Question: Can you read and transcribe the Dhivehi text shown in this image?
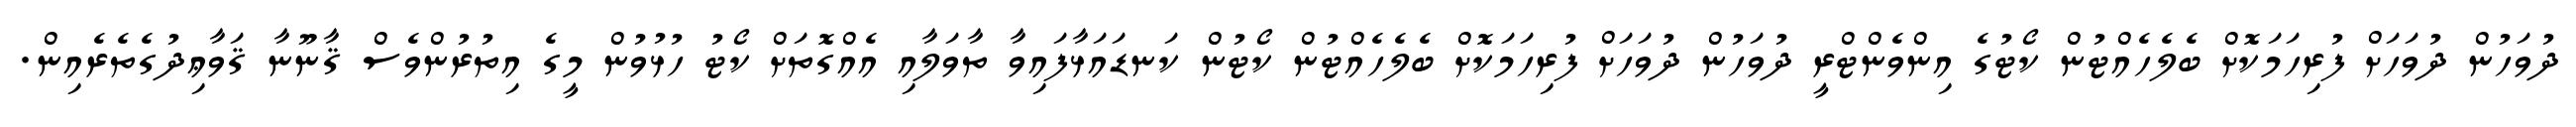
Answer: ދުވަހުން ދުވަހަށް ފުރިހަމަކޮށް ބެލެހެއްޓުން ކޯޓުގެ އިންވެންޓްރީ ދުވަހުން ދުވަހަށް ފުރިހަމަކޮށް ބެލެހެއްޓުން ކޯޓުން ކަނޑައަޅާފައިވާ ތާވަލާއި އެއްގޮތަށް ކޯޓު ހުޅުވުން މީގެ އިތުރުންވެސް ޤާނޫނާ ޤަވާޢިދުގެތެރެއިން.